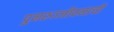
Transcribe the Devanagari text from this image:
पुनरुज्जीवनाची